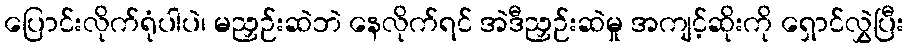
ပြောင်းလိုက်ရုံပါပဲ၊ မညှဉ်းဆဲဘဲ နေလိုက်ရင် အဲဒီညှဉ်းဆဲမှု အကျင့်ဆိုးကို ရှောင်လွှဲပြီး